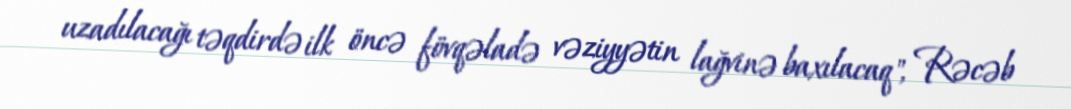
uzadılacağı təqdirdə ilk öncə fövqəladə vəziyyətin lağvinə baxılacaq", Rəcəb